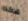
هكذا